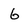
Character: 6